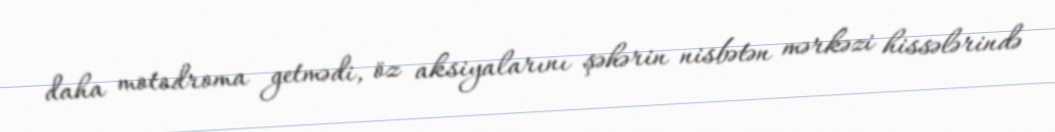
daha motodroma getmədi, öz aksiyalarını şəhərin nisbətən mərkəzi hissələrində